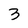
Character: 3